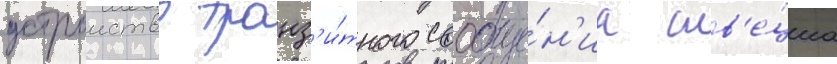
устроиство транз'и́тного сообще́н'иа шв'е́циа